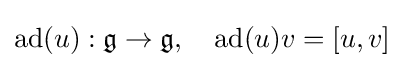
\operatorname {ad} (u):{\mathfrak {g}}\to {\mathfrak {g}},\quad \operatorname {ad} (u)v=[u,v]